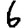
Digit: 6